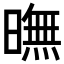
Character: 𣊲